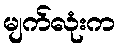
မျက်လုံးက